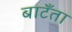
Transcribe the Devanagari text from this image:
बाटँता